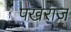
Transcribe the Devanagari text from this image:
पखराज